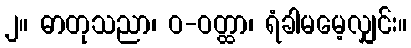
၂။ ဓာတုသညာ၊ ဝ-ဝတ္ထာ၊ ရံခါမမေ့လျှင်း။